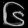
Digit: ၆